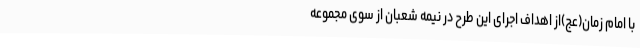
با امام زمان(عج)از اهداف اجرای این طرح در نیمه شعبان از سوی مجموعه